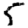
Digit: 5